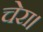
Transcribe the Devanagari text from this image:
चेरा।